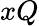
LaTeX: xQ